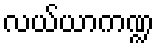
လယ်ယာကဏ္ဍ